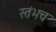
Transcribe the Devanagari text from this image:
स्तंभच